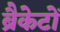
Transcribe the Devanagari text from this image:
ब्रैकेटों